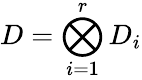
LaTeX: D=\bigotimes_{i=1}^{r}D_{i}